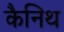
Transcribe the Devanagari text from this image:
कैनिथ